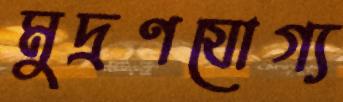
মুদ্রণযোগ্য